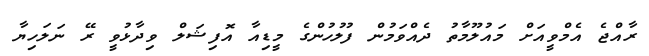
ރާއްޖެ އެމްވީއަށް މައުލޫމާތު ދެއްވަމުން ފުލުހުންގެ މީޑިއާ އޮފިޝަލް ވިދާޅުވީ ރޭ ނަލަހިޔާ